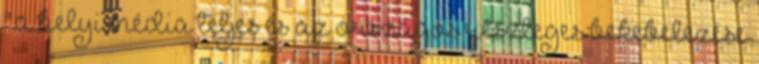
".a helyi média teljes és az országos részleges bekebelezése